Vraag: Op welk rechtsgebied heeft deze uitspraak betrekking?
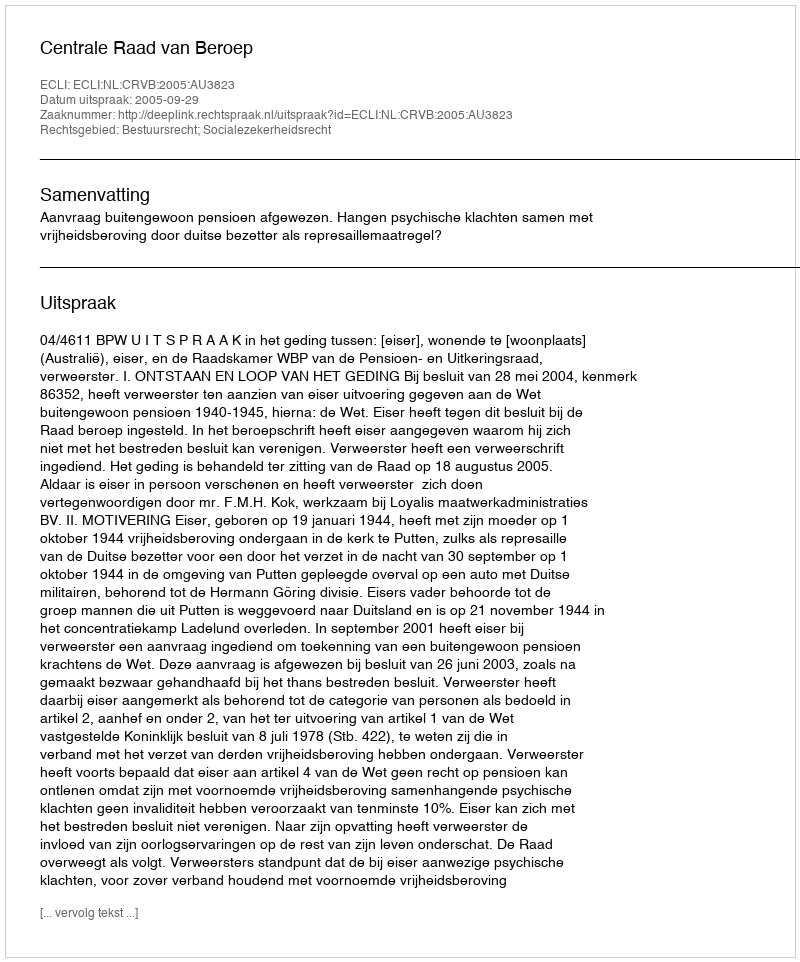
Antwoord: Bestuursrecht; Socialezekerheidsrecht